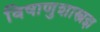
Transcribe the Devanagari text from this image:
विषाणुशास्त्रज्ञ